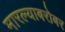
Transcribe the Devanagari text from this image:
मारल्याबरोबर